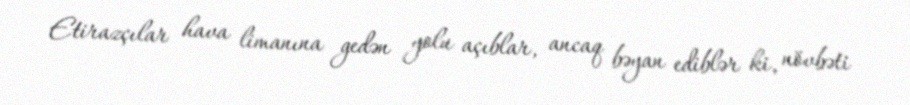
Etirazçılar hava limanına gedən yolu açıblar, ancaq bəyan ediblər ki, növbəti